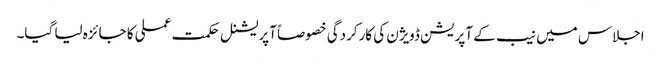
اجلاس میں نیب کے آپریشن ڈویژن کی کارکردگی خصوصاً آپریشنل حکمت عملی کا جائزہ لیا گیا۔